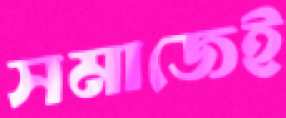
সমাজেই